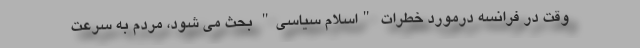
وقت در فرانسه درمورد خطرات "اسلام سیاسی" بحث می شود، مردم به سرعت